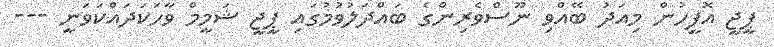
ޕީޖީ އޮފީހުން މިއަދު ބޭއްވި ނޫސްވެރިންގެ ބައްދަލުވުމުގައި ޕީޖީ ޝަމީމް ވާހަކަދައްކަވަނީ ---